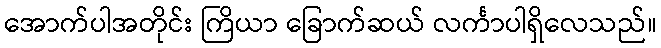
အောက်ပါအတိုင်း ကြိယာ ခြောက်ဆယ် လင်္ကာပါရှိလေသည်။